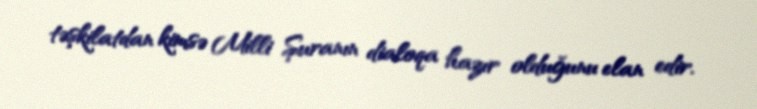
təşkilatdan kimsə Milli Şuranın dialoqa hazır olduğunu elan edir.